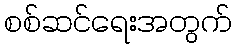
စစ်ဆင်ရေးအတွက်